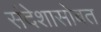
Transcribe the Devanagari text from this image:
संदेशासोबत